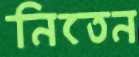
নিতেন